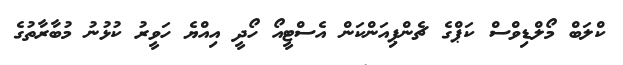
ކްލަބް މޯލްޑިވްސް ކަޕްގެ ޗެންޕިއަންކަން އެސްޓީއޯ ހޯދީ އިއްޔެ ހަވީރު ކުޅުނު މުބާރާތުގެ